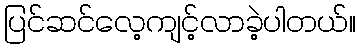
ပြင်ဆင်လေ့ကျင့်လာခဲ့ပါတယ်။